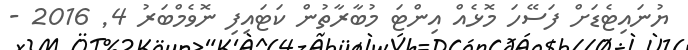
ޔުނައިޓެޑަށް ފަސޭހަ މޮޅެއް އިންޓަ މުބާރާތުން ކަޓައިފި ނޮވެމްބަރު 4